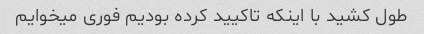
طول کشید با اینکه تاکیید کرده بودیم فوری میخوایم